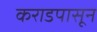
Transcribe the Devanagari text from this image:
कराडपासून